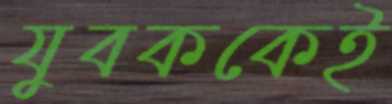
যুবককেই